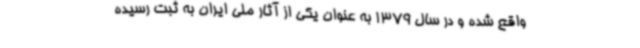
واقع شده و در سال 1379 به عنوان یکی از آثار ملی ایران به ثبت رسیده